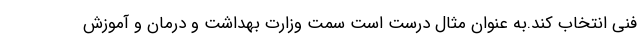
فنی انتخاب کند.به عنوان مثال درست است سمت وزارت بهداشت و درمان و آموزش